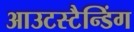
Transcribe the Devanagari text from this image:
आउटस्टैन्डिंग